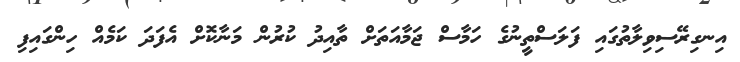
އިނގިރޭސިވިލާތުގައި ފަލަސްތީނުގެ ހަމާސް ޖަމާއަތަށް ތާއިދު ކުރުން މަނާކޮށް އެފަދަ ކަމެއް ހިންގައިފި